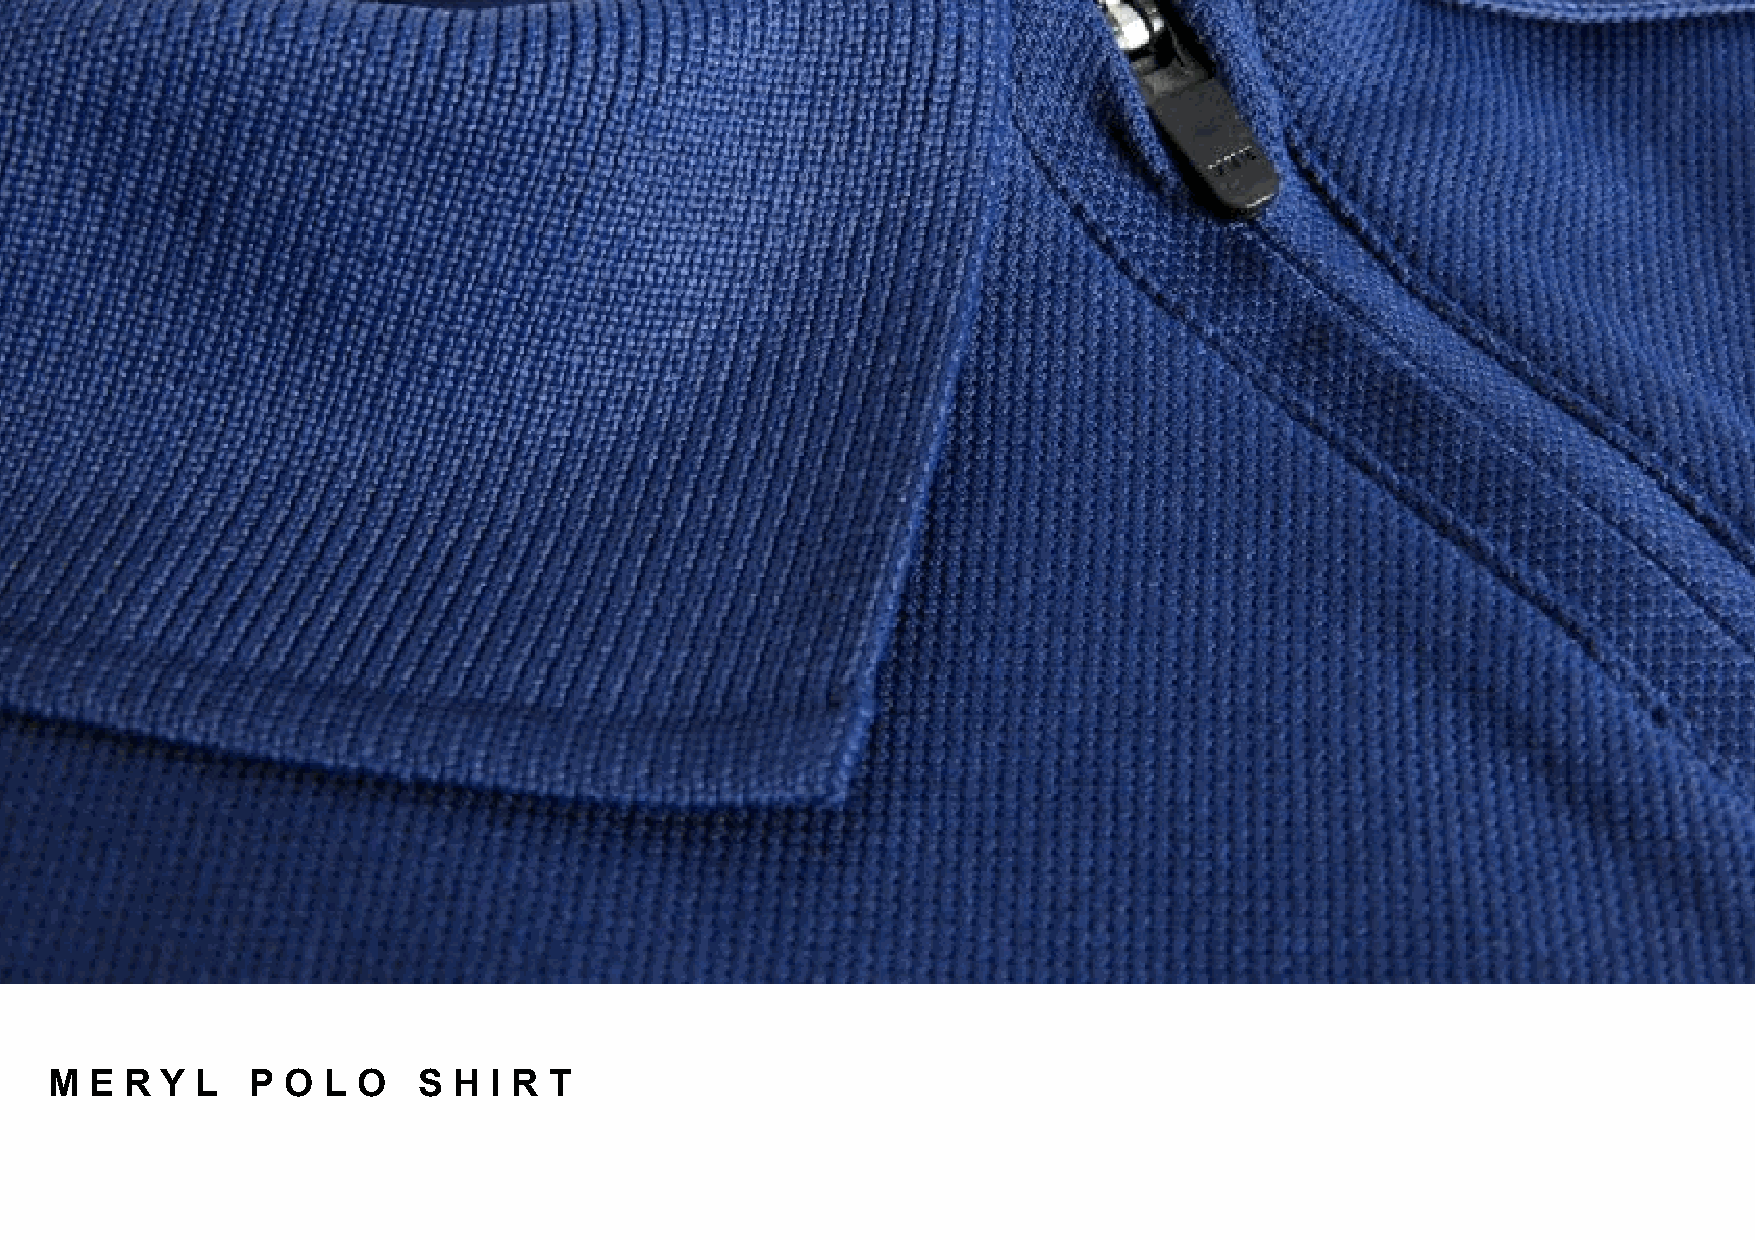
M  E R  Y L   P O L  O   S H I R T